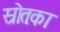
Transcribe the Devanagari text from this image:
स्रोतःका